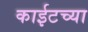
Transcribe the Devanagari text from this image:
काईटच्या